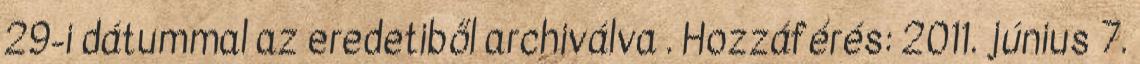
29-i dátummal az eredetiből archiválva . Hozzáférés: 2011. június 7.